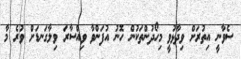
ސެވާނީ އިތުރަށް ވިދާޅުވީ މިހޯދުންތަކުން ހޮނު އުފަންވާ ވިއްސާރަ ވިލާގަނޑަށް ވުރެ މާ